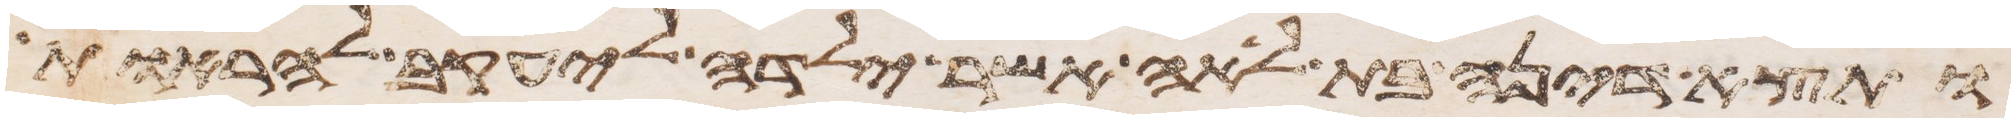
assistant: ותצא דינה בת לאה אשר ילדה ליעקב להראות